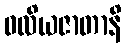
ဝလိယဇာတာနိ